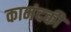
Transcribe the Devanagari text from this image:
कामंदकी